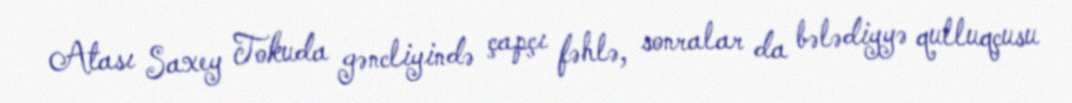
Atası Saxey Tokuda gəncliyində çapçı fəhlə, sonralar da bələdiyyə qulluqçusu